Insane asylums in Bengal annual reports 1876-1887 - 1876-1887
Year: 1876
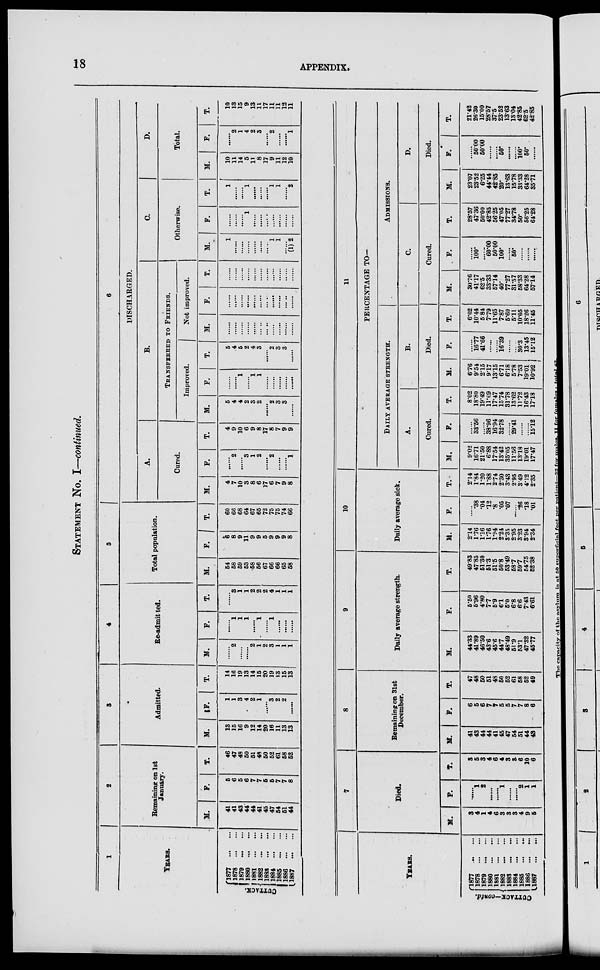
18
APPENDIX.
STATEMENT No. I—continued.
1
YEARS.
CUTTACK.
1877
...
...
1878
...
...
1879
...
...
1880
...
...
1881
...
...
1882
...
...
1883
...
...
1884
...
...
1885
...
...
1886
...
...
1887
...
...
2
Remaining on 1st
January.
M.
41
41
43
44
44
41
45
47
54
51
44
F.
5
6
5
6
7
7
5
5
7
7
8
T.
46
47
48
50
51
48
50
52
61
58
52
3
Admitted.
M.
13
15
16
9
12
14
20
16
11
13
13
F.
1
1
3
4
2
1
......
3
2
2
......
T.
14
16
19
13
14
15
20
19
13
15
13
4
Re-admitted.
M.
......
2
......
......
2
1
2
3
1
1
1
F.
......
1
1
1
......
1
......
1
......
......
......
T.
......
3
1
1
2
2
2
4
1
1
1
5
Total population.
M.
54
58
59
53
58
56
67
66
66
65
58
F.
6
8
9
11
9
9
5
9
9
9
8
T.
60
66
68
64
67
65
72
75
75
74
66
6
DISCHARGED.
A.
Cured.
M.
4
7
10
3
8
6
17
6
7
9
8
F.
......
2
......
3
1
2
......
2
......
......
1
T.
4
9
10
6
9
8
17
8
7
9
9
B.
TRANSFERRED TO FRIENDS.
Improved.
M.
5
4
4
2
3
2
......
2
3
3
......
F.
......
......
1
......
1
1
......
......
......
......
......
T.
5
4
5
2
4
3
......
2
3
3
......
Not improved.
M.
......
......
......
......
......
.
......
......
......
......
......
F.
......
......
......
......
......
......
......
......
......
.
......
T.
......
......
......
......
......
......
......
......
......
......
......
C.
Otherwise.
M.
1
......
......
......
......
......
......
1
1
......
(1) 2
F.
......
......
......
1
......
......
......
......
......
......
......
T.
1
......
......
1
......
......
......
1
1
......
2
D.
Total.
M.
10
11
14
5
11
8
17
9
11
12
10
F.
......
2
1
4
2
3
......
2
......
......
1
T.
10
13
15
9
13
11
17
11
11
12
11
YEARS.
CUTTACK—contd.
1877
...
...
1878
...
...
1879 ... ...
1880
...
...
1881
...
...
1882
... ...
1883
...
...
1884
...
...
1885 ... ...
1886
...
...
1887
...
...
7
Died.
M.
3
4
1
4
6
3
3
3
4
9
5
F.
......
1
2
......
......
1
......
......
2
1
1
T.
3
5
3
4
6
4
3
3
6
10
6
8
Remaining on 31st
December.
M.
41
43
44
44
41
45
47
54
51
44
43
F.
6
5
6
7
7
5
5
7
7
8
6
T.
47
48
50
51
48
50
52
61
58
52
49
9
Daily average strength.
M.
44.33
41.89
46.50
43.6
45.6
44.7
48.49
51.9
53.1
47.32
45.77
F.
5.50
5.96
4.80
7.7
5.9
6.1
5.0
6.8
6.6
7.43
6.61
T.
49.83
47.85
51.30
51.3
51.5
50.8
53.49
58.7
59.7
54.75
52.38
10
Daily average sick.
M.
2.14
1.76
1.16
1.76
1.94
2.24
3.35
2.95
3.23
3.94
2.34
F.
......
.38
.04
.12
.8
.05
.07
......
.26
.18
.01
T.
2.14
1.84
1.20
1.88
2.74
2.30
3.43
2.95
3.49
4.12
2.35
11
PERCENTAGE TO—
DAILY AVERAGE STRENGTH.
A.
Cured.
M.
9.02
16.71
21.50
6.88
17.54
13.42
35.05
11.56
13.18
19.01
17.47
F.
......
33.56
......
38.96
16.94
32.78
......
29.41
......
......
15.12
T.
8.02
18.80
19.49
11.69
17.47
15.74
31.78
13.62
11.72
16.43
17.18
B.
Died.
M.
6.76
9.54
2.15
9.17
13.15
6.71
6.18
5.78
7.53
19.01
10.92
F.
......
16.77
41.66
......
......
16.39
......
......
30.3
13.45
15.12
T.
6.02
10.44
5.84
7.79
11.65
7.87
5.60
5.11
10.05
18.26
11.45
ADMISSIONS.
C.
Cured.
M.
30.76
41.17
62.5
33.33
57.14
40.
77.27
31.57
58.33
64.28
57.14
F.
......
100.
......
60.00
50.00
100.
......
50.
......
......
......
T.
28.57
47.36
50.00
42.85
56.25
47.05
77.27
34.78
50.
56.25
64.28
D.
Died.
M.
23.07
23.52
6.25
44.44
42.85
20.
13.63
15.78
33.33
64.28
35.71
F.
......
50.00
50.00
......
......
50.
......
......
100.
50.
......
T.
21.42
26.30
15.00
28.57
37.5
23.52
13.63
13.04
42.85
62.5
42.85
The capacity of the asylum is at 50 superficial feet per patient—32 for males, 11 for females : total 43.